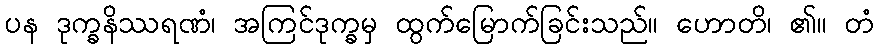
ပန ဒုက္ခနိဿရဏံ၊ အကြင်ဒုက္ခမှ ထွက်မြောက်ခြင်းသည်။ ဟောတိ၊ ၏။ တံ